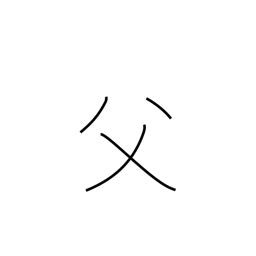
Meaning: father